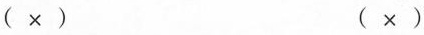
（×） （√）